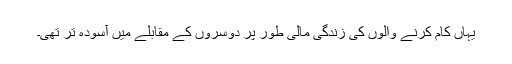
یہاں کام کرنے والوں کی زندگی مالی طور پر دوسروں کے مقابلے میں آسودہ تر تھی۔